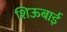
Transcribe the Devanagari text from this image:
शिऊबाई